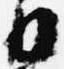
日